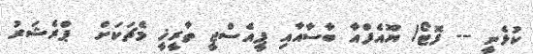
ކުޅެނީ -- ފޮޓޯ/ ޔޫއެފްއާ ބާސާއާއި ޕީއެސްޖީ ތާރީޚީ މެޗަކަށް  ޕްރެޝަރު